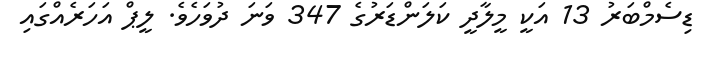
ޑިސެމްބަރު 13 އަކީ މީލާދީ ކަލަންޑަރުގެ 347 ވަނަ ދުވަހެވެ. ލީޕް އަހަރެއްގައި